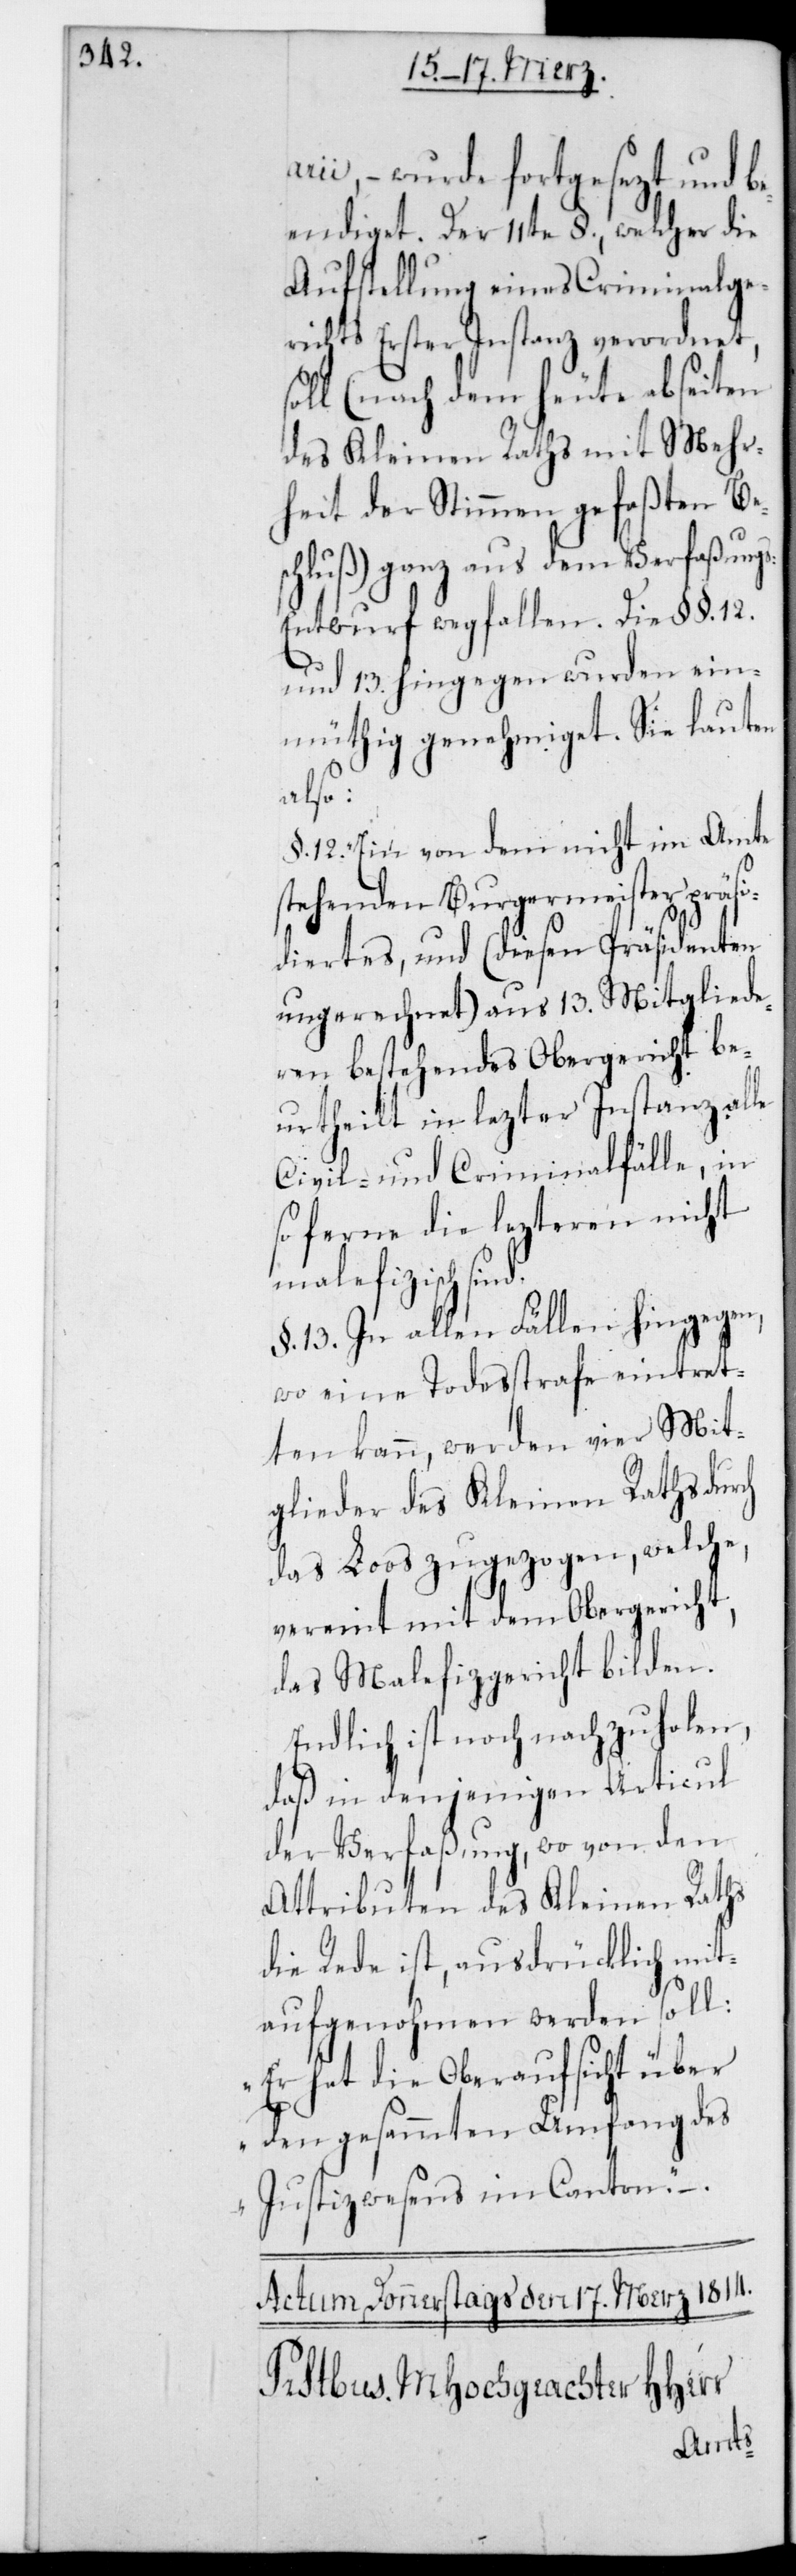
rii, – wurde fortgesezt und be¬
endiget. Der 11te §., welcher die
Aufstellung eines Criminalge¬
richts Erster Instanz verordnet,
soll (nach dem heute ab Seiten
des Kleinen Raths mit Mehr¬
heit der Stimmen gefaßten Be¬
schluß) ganz aus dem Verfaßung¬
s-Entwurf wegfallen. Die §§. 12.
und 13. hingegen wurden ein¬
müthig genehmiget. Sie lauten
also:
§. 12. Ein von dem nicht im Amte
stehenden Burgermeister präsi¬
diertes, und (diesen Präsidenten
ungerechnet) aus 13. Mitgliede¬
ren bestehendes Obergericht be¬
urtheilt in lezter Instanz alle
Civil- und Criminalfälle, in
so ferne die lezteren nicht
malefiziert
§. 13. In allen Fällen hingegen,
wo eine Todesstrafe eintret¬
ten kann, werden vier Mit¬
glieder des Kleinen Raths durch
das Los zugezogen, welche
vereint mit dem Obergericht,
das Malefizgericht bilden.
Endlich ist noch nachzuholen,
daß in denjenigen Articul
der Verfaßung, wo von den
Attributen des Kleinen Raths
die Rede ist, ausdrücklich mit
aufgenohmen werden soll:
„Er hat die Oberaufsicht über
–.
den gesamten Umfang des
Justizwesens im Canton“.